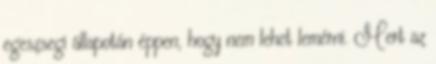
egeszsegi állapotán éppen, hogy nem lehet lemérni. Mert az